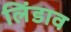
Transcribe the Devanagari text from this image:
लिंडाव